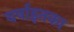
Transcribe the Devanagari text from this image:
वर्षांइतका